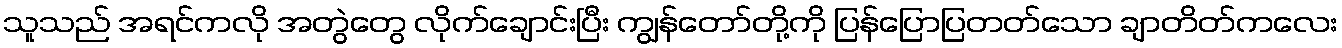
သူသည် အရင်ကလို အတွဲတွေ လိုက်ချောင်းပြီး ကျွန်တော်တို့ကို ပြန်ပြောပြတတ်သော ချာတိတ်ကလေး